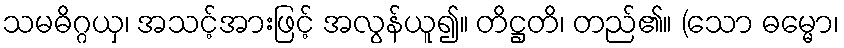
သမဓိဂ္ဂယှ၊ အသင့်အားဖြင့် အလွန်ယူ၍။ တိဋ္ဌတိ၊ တည်၏။ (သော ဓမ္မော၊